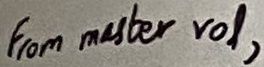
Text: From master vol,